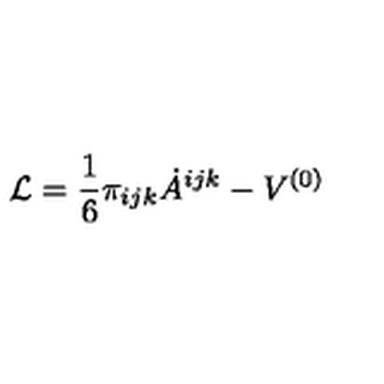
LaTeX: { \cal L } = \frac { 1 } { 6 } \pi _ { i j k } \dot { A } ^ { i j k } - V ^ { ( 0 ) }